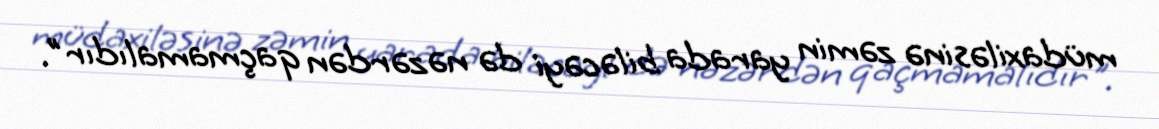
müdaxiləsinə zəmin yarada biləcəyi də nəzərdən qaçmamalıdır".